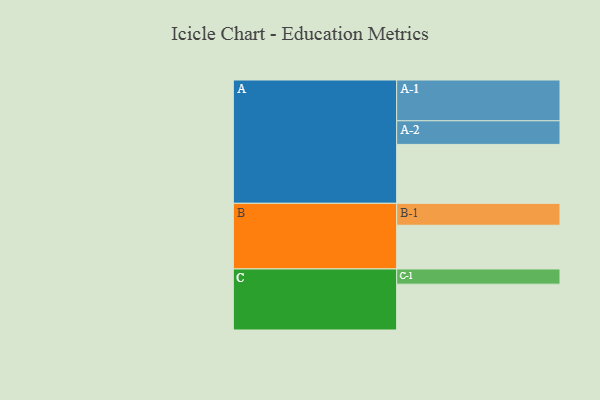
{"axis": {"x": "Segment", "y": "Value"}, "legend": ["", "A", "B", "C"], "data": [{"x": "A", "y": 419, "type": ""}, {"x": "B", "y": 311, "type": ""}, {"x": "C", "y": 326, "type": ""}, {"x": "A-1", "y": 290, "type": "A"}, {"x": "A-2", "y": 168, "type": "A"}, {"x": "B-1", "y": 156, "type": "B"}, {"x": "C-1", "y": 108, "type": "C"}]}